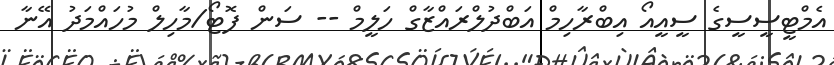
އެމްޓީސީސީގެ ސީއީއޯ އިބްރާހިމް އަބްދުލްރައްޒާގް ހަލީމް -- ސަން ފޮޓޯ/މާހިލް މުހައްމަދު އޭނާ